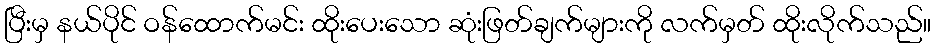
ပြီးမှ နယ်ပိုင် ဝန်ထောက်မင်း ထိုးပေးသော ဆုံးဖြတ်ချက်များကို လက်မှတ် ထိုးလိုက်သည်။